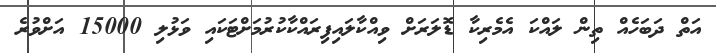
އަތް ދަބަހެއް ތިން ލައްކަ އެމެރިކާ ޑޮލަރަށް ވިއްކާލައިފިރައްކާކުރުމަށްޓަކައި ވަޅުލި 15000 އަށްވުރެ